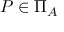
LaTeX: P \in \Pi _ { A }